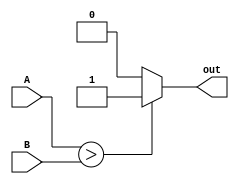
module signed_comparator(
    input signed [31:0] A,
    input signed [31:0] B,
    output reg out
);

always @(*) begin
    if (A > B) begin
        out = 1'b1; // A is greater than B
    end else if (A < B) begin
        out = 1'b0; // A is less than B
    end else begin
        out = 1'b0; // A is equal to B
    end
end

endmodule